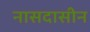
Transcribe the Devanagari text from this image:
नासदासीन